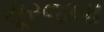
સૂરજબા